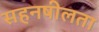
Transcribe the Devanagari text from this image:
सहनषीलता